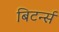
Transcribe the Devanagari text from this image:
बिटर्न्‍स